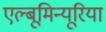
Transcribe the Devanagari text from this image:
एल्बूमिन्यूरिया